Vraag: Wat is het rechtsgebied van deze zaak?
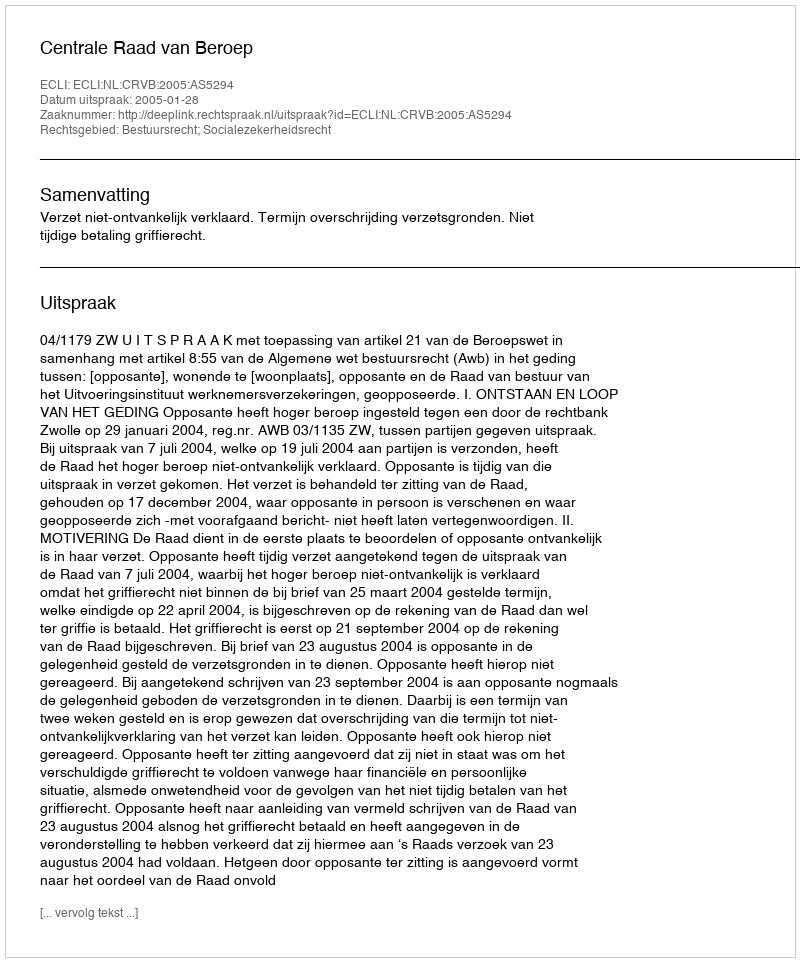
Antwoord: Bestuursrecht; Socialezekerheidsrecht